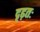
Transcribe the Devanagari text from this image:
दृढ़तः